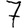
Digit: 7